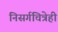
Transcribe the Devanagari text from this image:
निसर्गचित्रेही